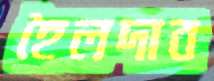
হৈলদাব